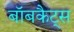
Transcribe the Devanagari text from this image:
बॉबकैट्स